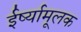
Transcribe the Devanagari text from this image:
ईर्ष्यामूलक